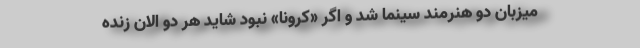
میزبان دو هنرمند سینما شد و اگر «کرونا» نبود شاید هر دو الان زنده